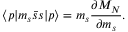
\langle p | m _ { s } \bar { s } s | p \rangle = m _ { s } \frac { \partial M _ { N } } { \partial m _ { s } } .